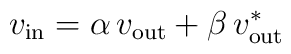
v_\mathrm{in}=\alpha\, v_\mathrm{out}+\beta\, v_\mathrm{out}^*